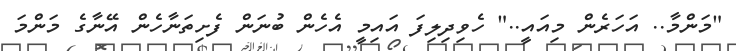
"މަންމާ.. އަހަރެން މިއައީ.." ހެވިދިލިފަ އައިމީ އެހެން ބުނަން ފެށިތަނާހެން އޭނާގެ މަންމަ